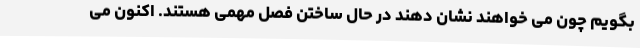
بگویم چون می خواهند نشان دهند در حال ساختن فصل مهمی هستند. اکنون می